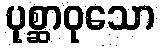
ပုစ္ဆာဝုသော